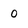
Character: O